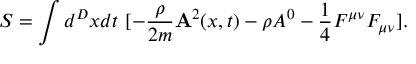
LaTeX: S = \int d ^ { D } x d t ~ [ - \frac { \rho } { 2 m } { \bf A } ^ { 2 } ( x , t ) - \rho A ^ { 0 } - \frac { 1 } { 4 } F ^ { \mu \nu } F _ { \mu \nu } ] .